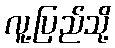
လူ့ပြည်သို့